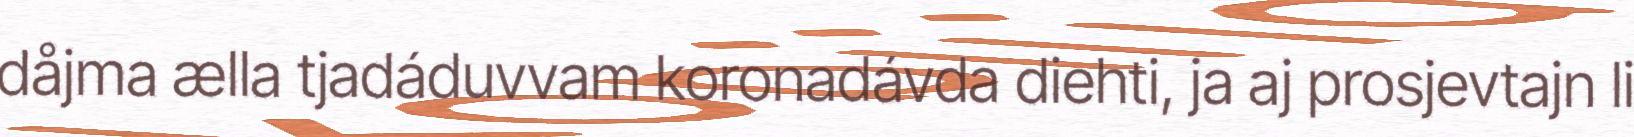
dåjma ælla tjadáduvvam koronadávda diehti, ja aj prosjevtajn li